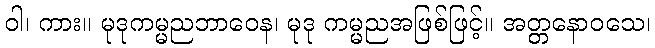
ဝါ၊ ကား။ မုဒုကမ္မညဘာဝေန၊ မုဒု ကမ္မညအဖြစ်ဖြင့်။ အတ္တနောဝသေ၊